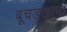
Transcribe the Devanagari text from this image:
बूचड़खाना